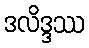
ဒလိဒ္ဒဿ